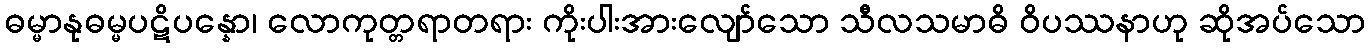
ဓမ္မာနုဓမ္မပဋိပန္နော၊ လောကုတ္တရာတရား ကိုးပါးအားလျော်သော သီလသမာဓိ ဝိပဿနာဟု ဆိုအပ်သော